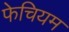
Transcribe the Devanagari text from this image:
फेचियम